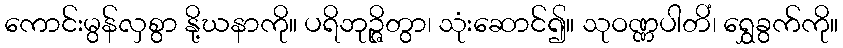
ကောင်းမွန်လှစွာ နို့ဃနာကို။ ပရိဘုဉ္ဇိတွာ၊ သုံးဆောင်၍။ သုဝဏ္ဏပါတိံ၊ ရွှေခွက်ကို။